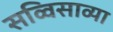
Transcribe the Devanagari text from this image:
सव्विसाव्या